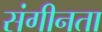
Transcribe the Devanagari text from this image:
संगीनता